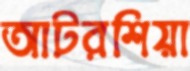
আটরশিয়া